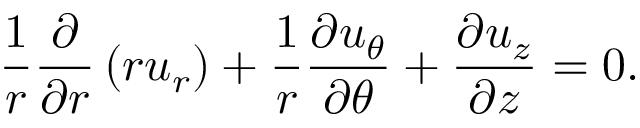
\frac { 1 } { r } \frac { \partial } { \partial r } \left( r u _ { r } \right) + \frac { 1 } { r } \frac { \partial u _ { \theta } } { \partial \theta } + \frac { \partial u _ { z } } { \partial z } = 0 .